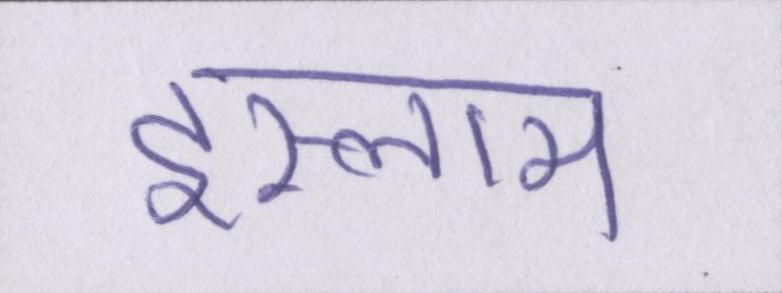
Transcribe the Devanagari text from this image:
इस्लाम